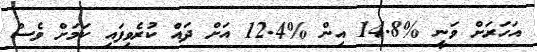
އަހަރަށް ވަނީ %14.8 އިން %12.4 އަށް ދައް ކުރެވިފައި ކަމަށް ވެސް